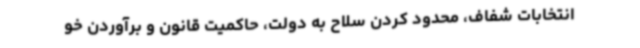
انتخابات شفاف، محدود کردن سلاح به دولت، حاکمیت قانون و برآوردن خو